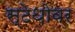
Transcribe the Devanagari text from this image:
स्टेथोवर